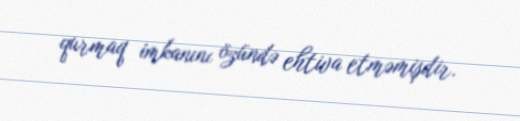
qurmaq imkanını özündə ehtiva etməmişdir.